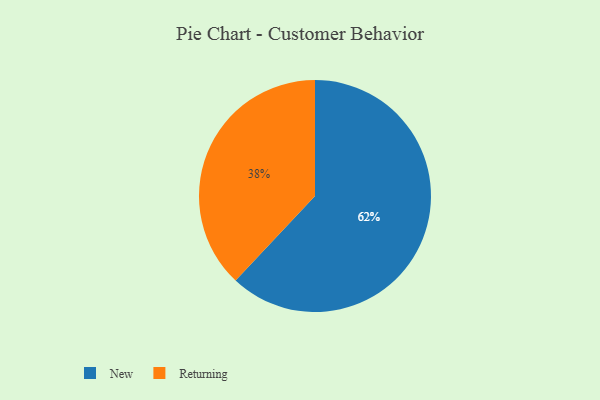
{"axis": {"x": "Category", "y": "Percentage"}, "legend": ["New", "Returning"], "data": [{"x": "Returning", "y": 38, "type": "Returning"}, {"x": "New", "y": 62, "type": "New"}]}